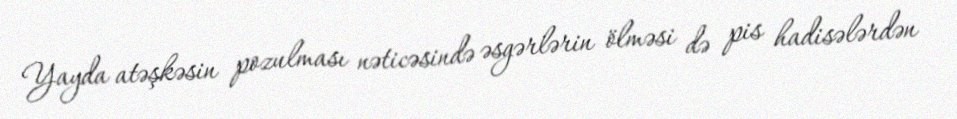
Yayda atəşkəsin pozulması nəticəsində əsgərlərin ölməsi də pis hadisələrdən